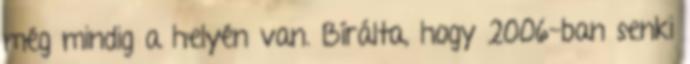
még mindig a helyén van. Bírálta, hogy 2006-ban senki